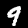
Label: 9